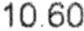
10.60